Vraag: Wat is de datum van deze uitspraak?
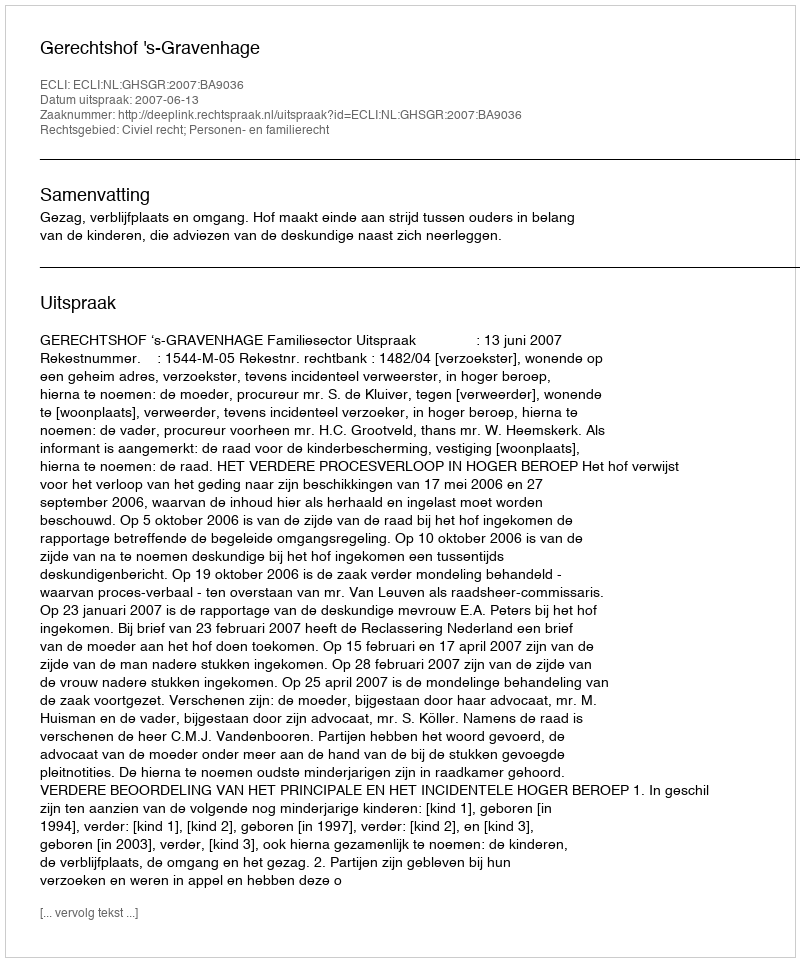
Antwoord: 2007-06-13